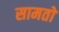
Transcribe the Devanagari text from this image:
सामतों